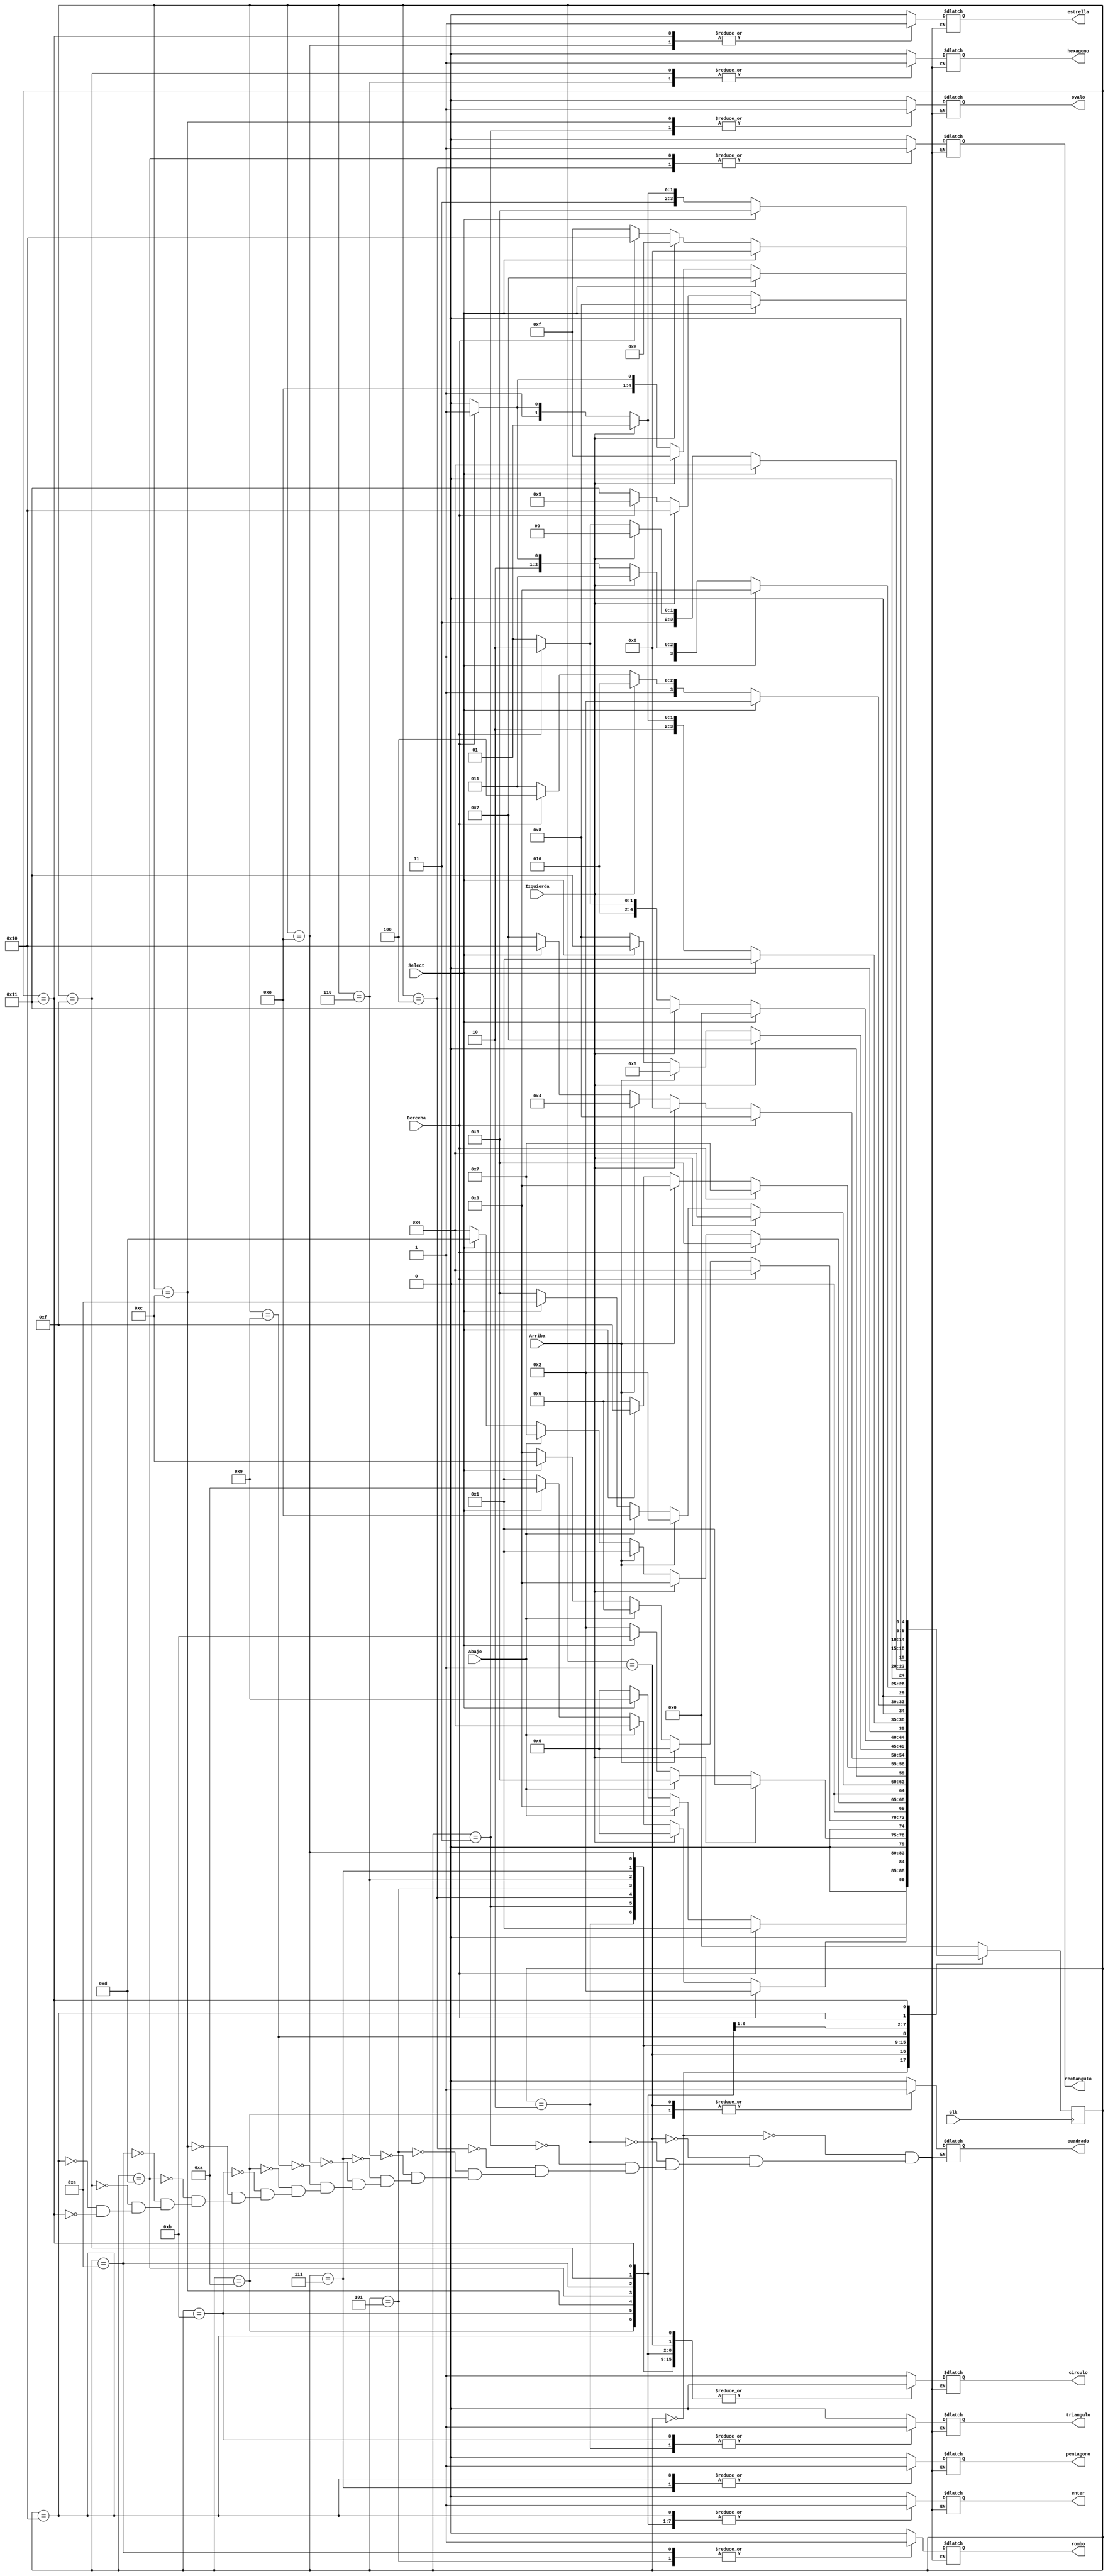
`timescale 1ns / 1ps
//////////////////////////////////////////////////////////////////////////////////
// Company: 
// Engineer: 
// 
// Design Name: 
// Module Name:    SelectorDeImagenes 
// Project Name: 
// Target Devices: 
// Tool versions: 
// Description: 
//
// Dependencies: 
//
// Revision: 
// Revision 0.01 - File Created
// Additional Comments: 
//
//////////////////////////////////////////////////////////////////////////////////
module SelectorDeImagenes(
    input Izquierda,
    input Derecha,
    input Arriba,
    input Abajo,
    input Select,
	 input Clk,
	 output reg circulo,
	 output reg cuadrado,
	 output reg triangulo,
	 output reg ovalo,
	 output reg rectangulo,
	 output reg rombo,
	 output reg hexagono,
	 output reg pentagono,
	 output reg estrella,
	 output reg enter
    );

reg [4:0] state,next_state;

always@(state, Izquierda, Derecha, Arriba, Abajo, Select)
begin
case(state)
     0:begin
	    circulo = 1;
	    cuadrado = 0;
	    triangulo = 0;
	    ovalo = 0;
	    rectangulo = 0;
	    rombo = 0;
	    hexagono = 0;
	    pentagono = 0;
	    estrella = 0;
		 enter = 0;
	     if(Derecha == 1)
		     next_state = 1;
		  else if(Abajo == 1)
		     next_state = 3;
		  else if(Select == 1)
		     next_state = 9; 
		  else
		     next_state = 0;
		 end
	  1:begin
	    cuadrado = 1;
		 circulo = 0;
	    triangulo = 0;
	    ovalo = 0;
	    rectangulo = 0;
	    rombo = 0;
	    hexagono = 0;
	    pentagono = 0;
	    estrella = 0;
		 enter = 0;
	     if(Derecha == 1)
		     next_state = 2;
		  else if(Izquierda == 1)
		     next_state = 0;
		  else if(Abajo == 1)
		     next_state = 4;
		  else if(Select == 1)
		     next_state = 10;
		  else
		     next_state = 1;
		  end
		2:begin
	    triangulo = 1;
   	 circulo = 0;
 	    cuadrado = 0;
	    ovalo = 0;
	    rectangulo = 0;
	    rombo = 0;
	    hexagono = 0;
	    pentagono = 0;
	    estrella = 0;
		 enter = 0;
		   if(Izquierda == 1)
			   next_state = 1;
			else if(Abajo == 1)
			   next_state = 5;
			else if(Select == 1)
			   next_state = 11;
			else
			   next_state = 2;
			end
		3:begin
		 ovalo = 1;
		 circulo = 0;
	    cuadrado = 0;
	    triangulo = 0;
	    rectangulo = 0;
	    rombo = 0;
	    hexagono = 0;
	    pentagono = 0;
	    estrella = 0;
		 enter = 0;
		   if(Derecha == 1)
			   next_state = 4;
			else if(Arriba == 1)
			   next_state = 0;
			else if(Abajo == 1)
			   next_state = 6;
         else if(Select == 1)
            next_state = 12;
         else
            next_state = 3;
         end
       4:begin
		 rectangulo = 1;
		 circulo = 0;
	    cuadrado = 0;
	    triangulo = 0;
	    ovalo = 0;
	    rombo = 0;
	    hexagono = 0;
	    pentagono = 0;
	    estrella = 0;
		 enter = 0;
          if(Derecha == 1)
             next_state = 5;
          else if(Izquierda == 1)
             next_state = 3;
          else if(Arriba == 1)
             next_state = 	1;
          else if(Abajo == 1)
             next_state = 7;
          else if(Select == 1)
             next_state = 13;
          else
             next_state = 4;
          end
       5:begin
		 rombo = 1;
		 circulo = 0;
	    cuadrado = 0;
	    triangulo = 0;
	    ovalo = 0;
	    rectangulo = 0;
	    hexagono = 0;
	    pentagono = 0;
	    estrella = 0;
		 enter = 0;
          if(Izquierda == 1)
             next_state = 4;
          else if(Arriba == 1)
             next_state = 2;
          else if(Abajo == 1)
             next_state = 8;
          else if(Select == 1)
             next_state  = 14;
          else 
             next_state = 5;
          end
        6:begin
		  hexagono = 1;
		  circulo = 0;
	     cuadrado = 0;
	     triangulo = 0;
	     ovalo = 0;
	     rectangulo = 0;
	     rombo = 0;
	     pentagono = 0;
	     estrella = 0;
		  enter = 0;
          if(Derecha == 1)
             next_state = 7;
          else if(Arriba == 1)
             next_state = 3;
        	 else if(Select == 1)
			    next_state = 15;
			 else 
			    next_state = 6;
		    end
		  7:begin
		  pentagono = 1;
		  circulo = 0;
	     cuadrado = 0;
	     triangulo = 0;
	     ovalo = 0;
	     rectangulo = 0;
	     rombo = 0;
	     hexagono = 0;
	     estrella = 0;
		  enter = 0;
		    if(Derecha == 1)
			    next_state = 8;
			 else if(Izquierda == 1)
			    next_state = 6;
		    else if(Arriba == 1)
			    next_state = 4;
			 else if(Select == 1)
			    next_state = 16;
			 else 
			    next_state = 7;
			 end
			8:begin
			estrella = 1;
			circulo = 0;
	      cuadrado = 0;
	      triangulo = 0;
	      ovalo = 0;
	      rectangulo = 0;
	      rombo = 0;
	      hexagono = 0;
	      pentagono = 0;
			enter = 0;
			  if(Izquierda == 1)
              next_state = 7;
           else if(Arriba == 1)
              next_state = 5;
           else if(Select == 1)
              next_state = 17;
           else 
              next_state = 8;
           end
         9:begin
			circulo = 1;
	      cuadrado = 0;
	      triangulo = 0;
	      ovalo = 0;
	      rectangulo = 0;
	      rombo = 0;
	      hexagono = 0;
	      pentagono = 0;
	      estrella = 0;
		   enter = 1;
           if(Select == 1)
               next_state = 0;
			  else if(Izquierda == 1)
			      next_state = 17;
			  else if(Derecha == 1)
			      next_state = 10;
			  else 
			      next_state = 9;
           end			  
         10:begin
			cuadrado = 1;
		   circulo = 0;
	      triangulo = 0;
	      ovalo = 0;
	      rectangulo = 0;
	      rombo = 0;
	      hexagono = 0;
	      pentagono = 0;
	      estrella = 0;
			enter = 1;
           if(Select == 1)
               next_state = 1;
			  else if(Izquierda == 1)
			      next_state = 9;
			  else if(Derecha == 1)
			      next_state = 11;
			  else
			      next_state = 10;
           end	
			11:begin
			triangulo = 1;
   	   circulo = 0;
 	      cuadrado = 0;
	      ovalo = 0;
	      rectangulo = 0;
	      rombo = 0;
	      hexagono = 0;
	      pentagono = 0;
	      estrella = 0;
			enter = 1;
           if(Select == 1)
               next_state = 2;
			  else if(Izquierda == 1)
			      next_state = 10;
			  else if(Derecha == 1)
			      next_state = 12;
			  else
               next_state = 11;			  
           end	
			12:begin
			ovalo = 1;
		   circulo = 0;
	      cuadrado = 0;
	      triangulo = 0;
	      rectangulo = 0;
	      rombo = 0;
	      hexagono = 0;
	      pentagono = 0;
	      estrella = 0;
			enter = 1;
           if(Select == 1)
               next_state = 3;
			  else if(Izquierda == 1)
			      next_state = 11;
			  else if(Derecha == 1)
			      next_state = 13;
			  else
               next_state = 12;
           end
         13:begin
			rectangulo = 1;
		   circulo = 0;
	      cuadrado = 0;
	      triangulo = 0;
	      ovalo = 0;
	      rombo = 0;
	      hexagono = 0;
	      pentagono = 0;
	      estrella = 0;
			enter = 1;
           if(Select == 1)
               next_state = 4;
				else if(Izquierda == 1)
			      next_state = 12;
			   else if(Derecha == 1)
			      next_state = 14;
				else
               next_state = 13;
           end
         14:begin
			rombo = 1;
		   circulo = 0;
	      cuadrado = 0;
	      triangulo = 0;
	      ovalo = 0;
	      rectangulo = 0;
	      hexagono = 0;
	      pentagono = 0;
	      estrella = 0;
			enter = 1;
           if(Select == 1)
               next_state = 5;
				else if(Izquierda == 1)
			      next_state = 13;
			   else if(Derecha == 1)
			      next_state = 15;
				else
               next_state = 14;
           end
         15:begin
			hexagono = 1;
		   circulo = 0;
	      cuadrado = 0;
	      triangulo = 0;
	      ovalo = 0;
	      rectangulo = 0;
	      rombo = 0;
	      pentagono = 0;
	      estrella = 0;
			enter = 1;
           if(Select == 1)
               next_state = 6;
				else if(Izquierda == 1)
			      next_state = 14;
		      else if(Derecha == 1)
			      next_state = 16;
				else
               next_state = 15;
           end	
         16:begin
			pentagono = 1;
		   circulo = 0;
	      cuadrado = 0;
	      triangulo = 0;
	      ovalo = 0;
	      rectangulo = 0;
	      rombo = 0;
	      hexagono = 0;
	      estrella = 0;
			enter = 1;
           if(Select == 1)
               next_state = 7;
				else if(Izquierda == 1)
			      next_state = 15;
			   else if(Derecha == 1)
			      next_state = 17;	
				else
               next_state = 16;
           end
         17:begin
			estrella = 1;
			circulo = 0;
	      cuadrado = 0;
	      triangulo = 0;
	      ovalo = 0;
	      rectangulo = 0;
	      rombo = 0;
	      hexagono = 0;
	      pentagono = 0;
			enter = 1;
           if(Select == 1)
               next_state = 8;
				else if(Izquierda == 1)
			      next_state = 16;
			   else if(Derecha == 1)
			      next_state = 9;
				else
               next_state = 17;
           end
         default:next_state = 0;
endcase
end
always@(posedge Clk)state <= next_state;		
endmodule